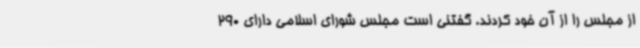
از مجلس را از آن خود کردند. گفتنی است مجلس شورای اسلامی دارای 290